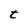
Character: t